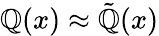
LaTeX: \mathbb{Q}(x)\approx{\tilde{{\mathbb{Q}}}}(x)